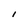
Character: l